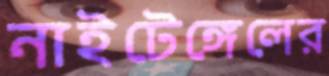
নাইটেঙ্গেলের